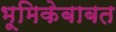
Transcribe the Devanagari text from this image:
भूमिकेबाबत